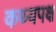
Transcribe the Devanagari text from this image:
कथ्यपक्ष